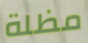
مظلة